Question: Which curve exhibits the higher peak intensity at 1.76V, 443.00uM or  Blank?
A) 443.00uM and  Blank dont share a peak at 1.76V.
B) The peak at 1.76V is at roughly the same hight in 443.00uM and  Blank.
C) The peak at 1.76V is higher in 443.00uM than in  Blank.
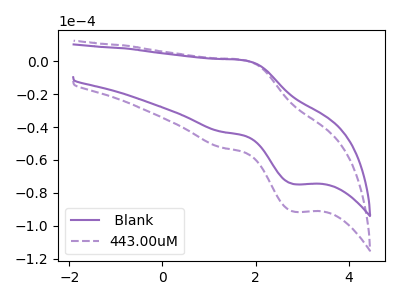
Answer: <think>The purple curve " Blank" has an anodic peak at (1.75V, 0.50uA) and a cathodic peak at (2.85V, -74.70uA). The purple dashed curve "443.00uM" has an anodic peak at (1.75V, 0.60uA) and a cathodic peak at (2.85V, -91.45uA).</think>
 <answer>C) The peak at 1.76V is higher in "443.00uM" than in " Blank".</answer>
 <eval>C</eval>